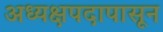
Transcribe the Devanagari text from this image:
अध्यक्षपदापासून